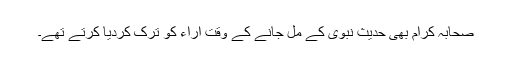
صحابہ کرام بھی حدیث نبوی کے مل جانے کے وقت آراء کو ترک کردیا کرتے تھے۔